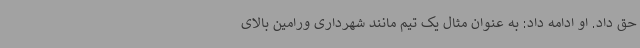
حق داد. او ادامه داد: به عنوان مثال یک تیم مانند شهرداری ورامین بالای